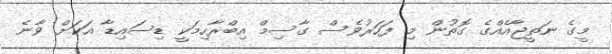
މީގެ ނަތީޖާއެއްގެ ގޮތުން މި ފަހަރުވެސް ގާސިމް އިބްރާހިމަކީ ޑިސައިޑާ އަކަށް ވާނެ